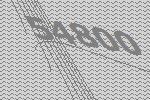
54800